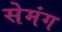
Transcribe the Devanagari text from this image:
सेमंग